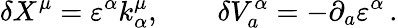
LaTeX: \delta X^{\mu}=\varepsilon^{\alpha}k_{\alpha}^{\mu},\qquad\delta V_{a}^{\alpha}=-\partial_{a}\varepsilon^{\alpha}\, .